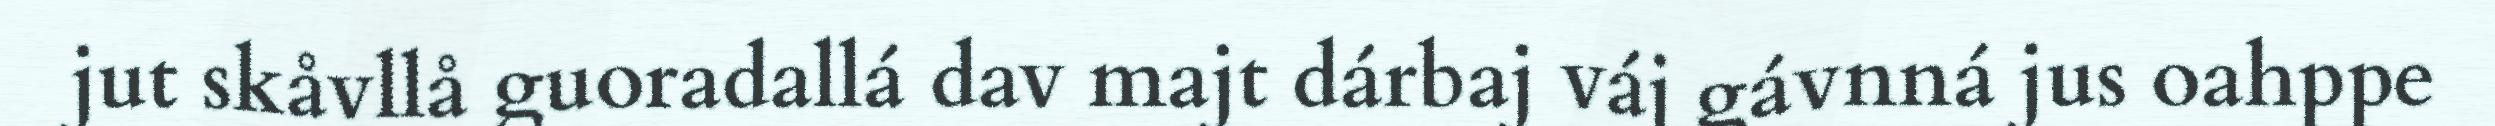
jut skåvllå guoradallá dav majt dárbaj váj gávnná jus oahppe